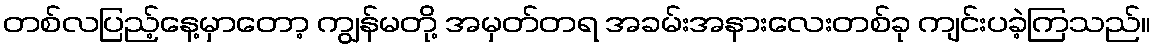
တစ်လပြည့်နေ့မှာတော့ ကျွန်မတို့ အမှတ်တရ အခမ်းအနားလေးတစ်ခု ကျင်းပခဲ့ကြသည်။